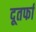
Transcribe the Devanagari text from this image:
दूतर्फा